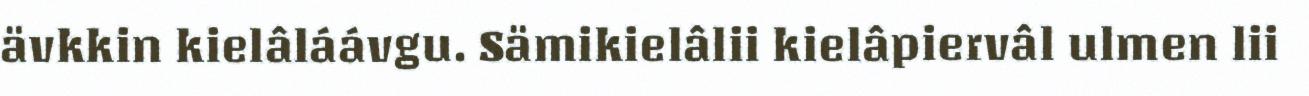
ävkkin kielâláávgu. Sämikielâlii kielâpiervâl ulmen lii